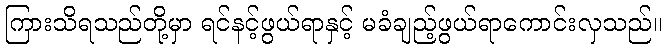
ကြားသိရသည်တို့မှာ ရင်နင့်ဖွယ်ရာနှင့် မခံချည့်ဖွယ်ရာကောင်းလှသည်။